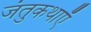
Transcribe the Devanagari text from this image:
जंतुकथाएँ